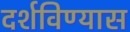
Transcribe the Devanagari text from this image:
दर्शविण्यास